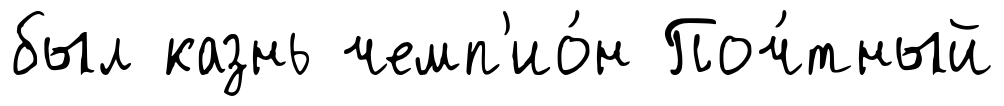
был казнь чемп'ио́н Поч́тный